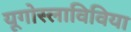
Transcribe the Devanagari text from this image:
यूगोस्लाविविया